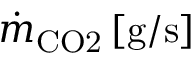
\dot { m } _ { \mathrm { C O 2 } } \, \mathrm { [ g / s ] }